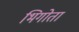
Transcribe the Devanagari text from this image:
भिगोता